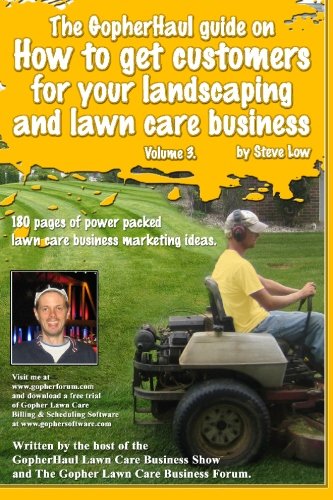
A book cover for The GopherHaul guide on how to get customers for your landscaping and lawn care business - Volume 3.: Anyone can start a landscaping or lawn care ... customers. This book will show you how.; Steve Low; Crafts, Hobbies & Home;